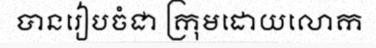
បានរៀបចំជា ក្រុមដោយលោក